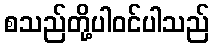
စသည်တို့ပါဝင်ပါသည်